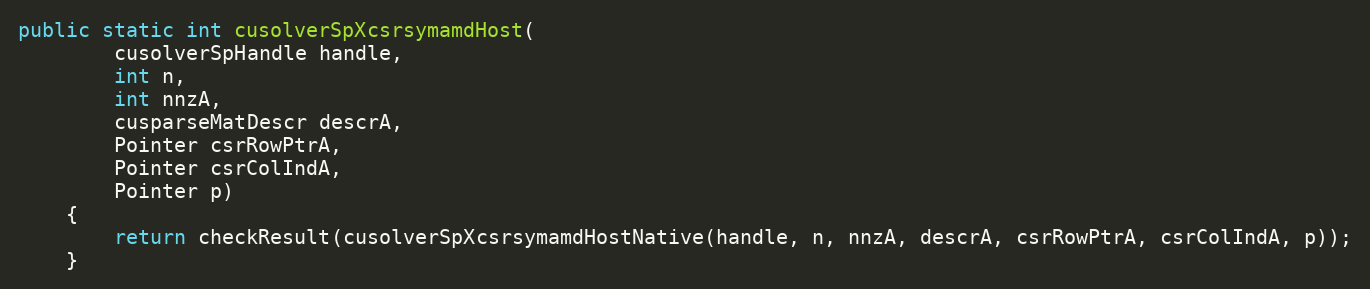
Language: Java
public static int cusolverSpXcsrsymamdHost(
        cusolverSpHandle handle,
        int n,
        int nnzA,
        cusparseMatDescr descrA,
        Pointer csrRowPtrA,
        Pointer csrColIndA,
        Pointer p)
    {
        return checkResult(cusolverSpXcsrsymamdHostNative(handle, n, nnzA, descrA, csrRowPtrA, csrColIndA, p));
    }